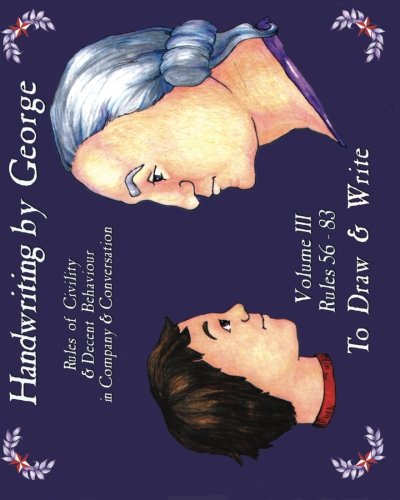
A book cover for Handwriting by George, Volume III: Rules of Civility & Decent Behavior in Company & Conversation; Cyndy Shearer; Reference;